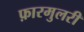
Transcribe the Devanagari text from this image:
फ़ारमुलरी